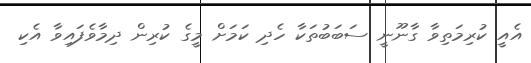
އެއީ ކުރިމަތިވާ ގާނޫނީ ސަބަބުތަކާ ހެދި ކަމަށް މީގެ ކުރިން ދިމާވެފައިވާ އެކި